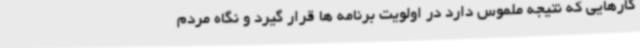
کارهایی که نتیجه ملموس دارد در اولویت برنامه ها قرار گیرد و نگاه مردم